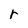
Character: r